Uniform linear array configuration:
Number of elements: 8
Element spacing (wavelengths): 1
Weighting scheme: binomial
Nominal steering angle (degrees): -60
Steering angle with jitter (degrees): -61.727
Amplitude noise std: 0.05
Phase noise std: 0.05

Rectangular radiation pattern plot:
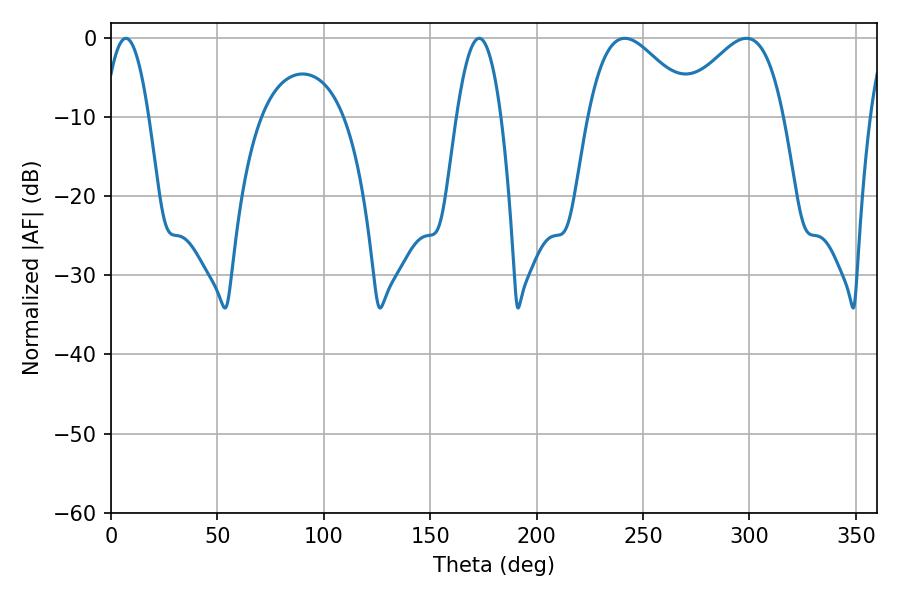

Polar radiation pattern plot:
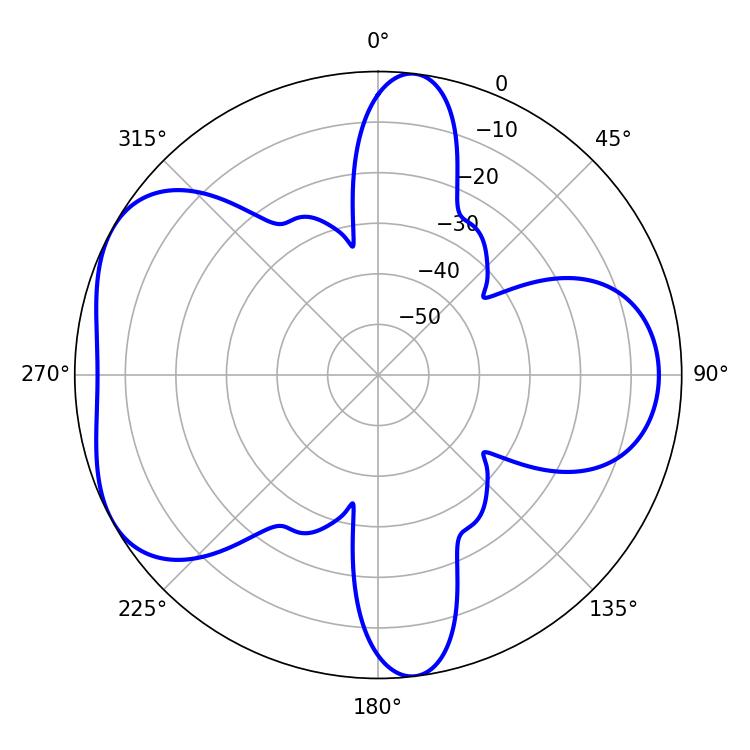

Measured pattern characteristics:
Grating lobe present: TRUE
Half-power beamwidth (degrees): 26.82
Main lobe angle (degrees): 241.38